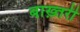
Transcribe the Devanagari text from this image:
बाख़्तरी